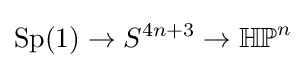
\mathrm {Sp} (1)\to S^{4n+3}\to \mathbb {HP} ^{n}